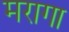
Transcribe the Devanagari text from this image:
मरागा